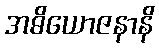
အဓိယောဇနာနိ